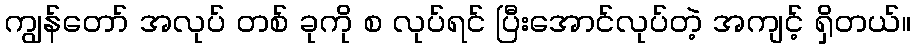
ကျွန်တော် အလုပ် တစ် ခုကို စ လုပ်ရင် ပြီးအောင်လုပ်တဲ့ အကျင့် ရှိတယ်။